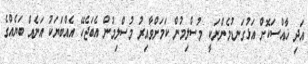
އަދި ޚާއްސަކޮށް އަޅުގަނޑުމެންނަކީ މުސްލިމުން ކަމަށްވާއިރު މުސްލިމުން އެބަޖެހޭ އެއްބަޔަކު އަނެއް ބަޔެއްގެ